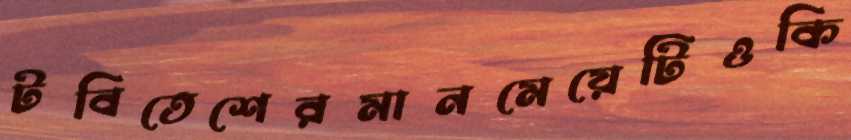
টবিতেশেরমানমেয়েটিওকি